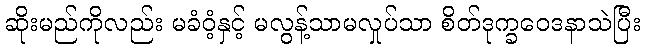
ဆိုးမည်ကိုလည်း မခံဝံ့နှင့် မလွန့်သာမလှုပ်သာ စိတ်ဒုက္ခဝေဒနာသဲပြီး